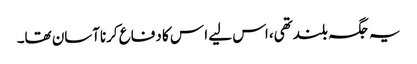
یہ جگہ بلندتھی، اس لیے ا س کا دفاع کرناآسان تھا۔